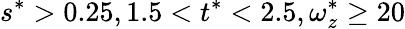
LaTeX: s^{*}>0.25,1.5<t^{*}<2.5,\omega_{z}^{*}\geq 20